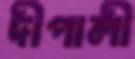
দীপালী